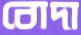
বোদা